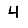
Digit: 4